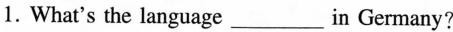
1. What's the language ___ in Germany?